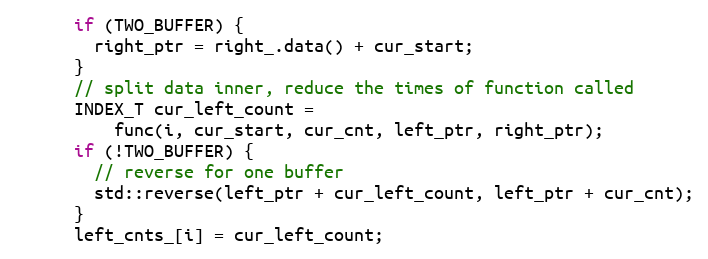
Language: C
      if (TWO_BUFFER) {
        right_ptr = right_.data() + cur_start;
      }
      // split data inner, reduce the times of function called
      INDEX_T cur_left_count =
          func(i, cur_start, cur_cnt, left_ptr, right_ptr);
      if (!TWO_BUFFER) {
        // reverse for one buffer
        std::reverse(left_ptr + cur_left_count, left_ptr + cur_cnt);
      }
      left_cnts_[i] = cur_left_count;